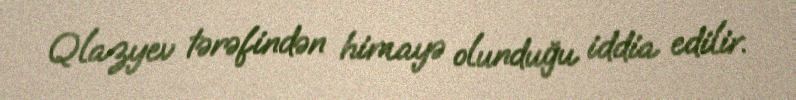
Qlazyev tərəfindən himayə olunduğu iddia edilir.